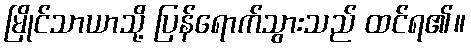
မြိုင်သာယာသို့ ပြန်ရောက်သွားသည် ထင်ရ၏။